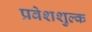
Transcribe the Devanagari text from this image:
प्रवेशशुल्क